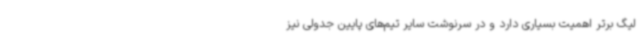
لیگ برتر اهمیت بسیاری دارد و در سرنوشت سایر تیم‌های پایین جدولی نیز